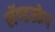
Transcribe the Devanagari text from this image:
लॅण्डस्केप